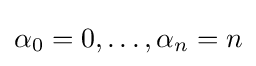
\alpha _{0}=0,\dots ,\alpha _{n}=n